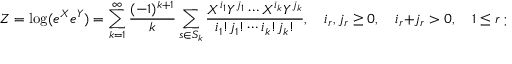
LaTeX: Z = \log ( e ^ { X } e ^ { Y } ) = \sum _ { k = 1 } ^ { \infty } { \frac { ( - 1 ) ^ { k + 1 } } { k } } \sum _ { s \in S _ { k } } { \frac { X ^ { i _ { 1 } } Y ^ { j _ { 1 } } \cdots X ^ { i _ { k } } Y ^ { j _ { k } } } { i _ { 1 } ! j _ { 1 } ! \cdots i _ { k } ! j _ { k } ! } } , \quad i _ { r } , j _ { r } \geq 0 , \quad i _ { r } + j _ { r } > 0 , \quad 1 \leq r \leq k ,